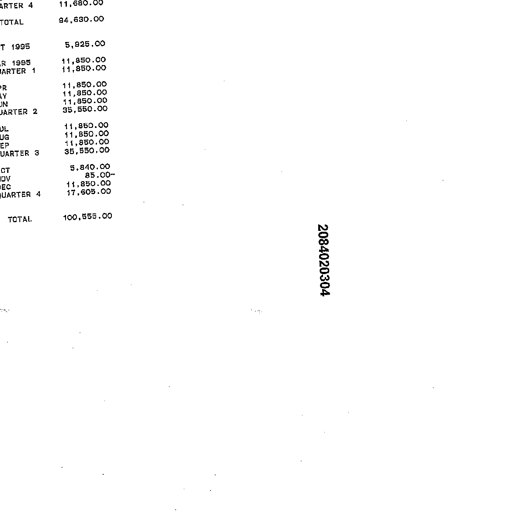
ARTER 4 11,680.00
TOTAL 94,630.00
T 1995 5,925.00
R 1995 11,850.00
ARTER 1 11,850.00
PR 11,850.00
AY 11,850.00
UN 11,850.00
ARTER 2 35,550.00
UL 11,850.00
UG 11,850.00
EP 11,850.00
UARTER 3 35,550.00
CT 5,840.00
OV 85.00-
EC 11,850.00
UARTER 4 17,605.00
TOTAL 100,555.00
2084020304